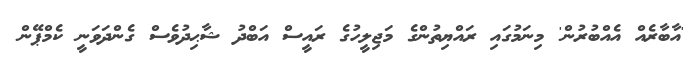
'އާބާރެއް އެއްބުރުން' މިނަމުގައި ރައްޔިތުންގެ މަޖިލީހުގެ ރައީސް އަބްދު ޝާޙިދުވެސް ގެންދަވަނީ ކެމްޕޭން